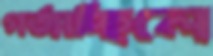
গর্জাচ্ছিলে